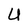
Character: U